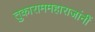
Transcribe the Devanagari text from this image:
तुकाराममहाराजांनीं